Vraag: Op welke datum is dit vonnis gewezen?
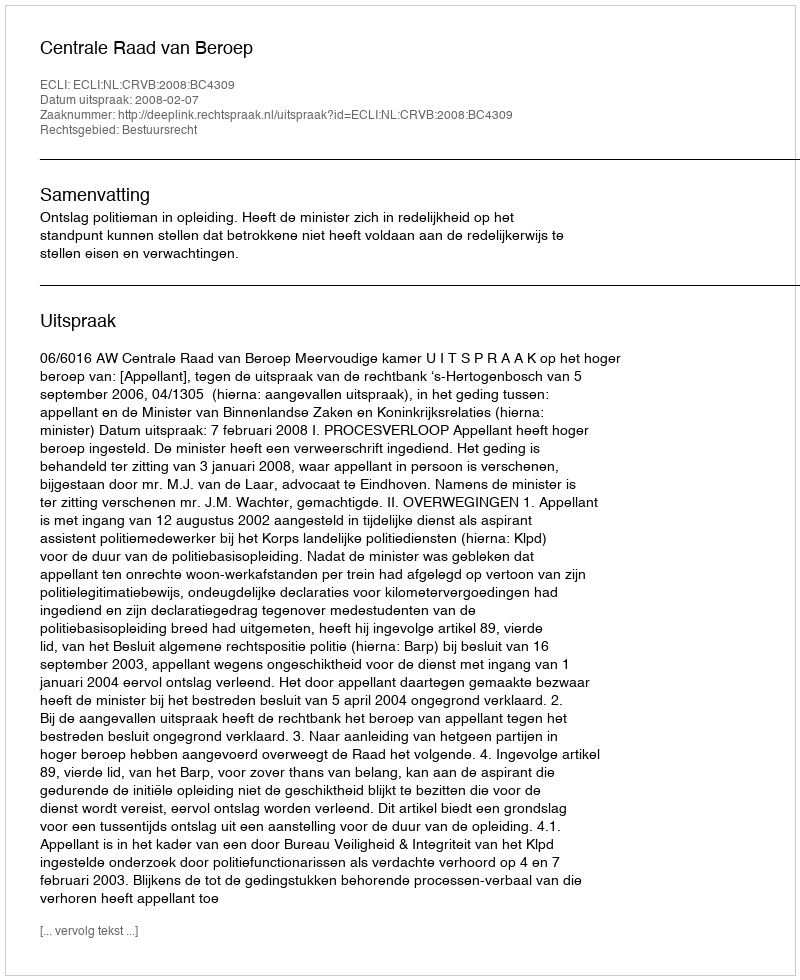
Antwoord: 2008-02-07